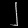
Digit: ၂